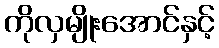
ကိုလှမျိုးအောင်နှင့်